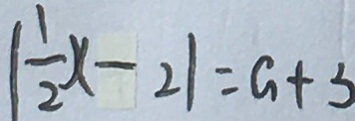
\vert \frac { 1 } { 2 } x - 2 \vert = G + 3